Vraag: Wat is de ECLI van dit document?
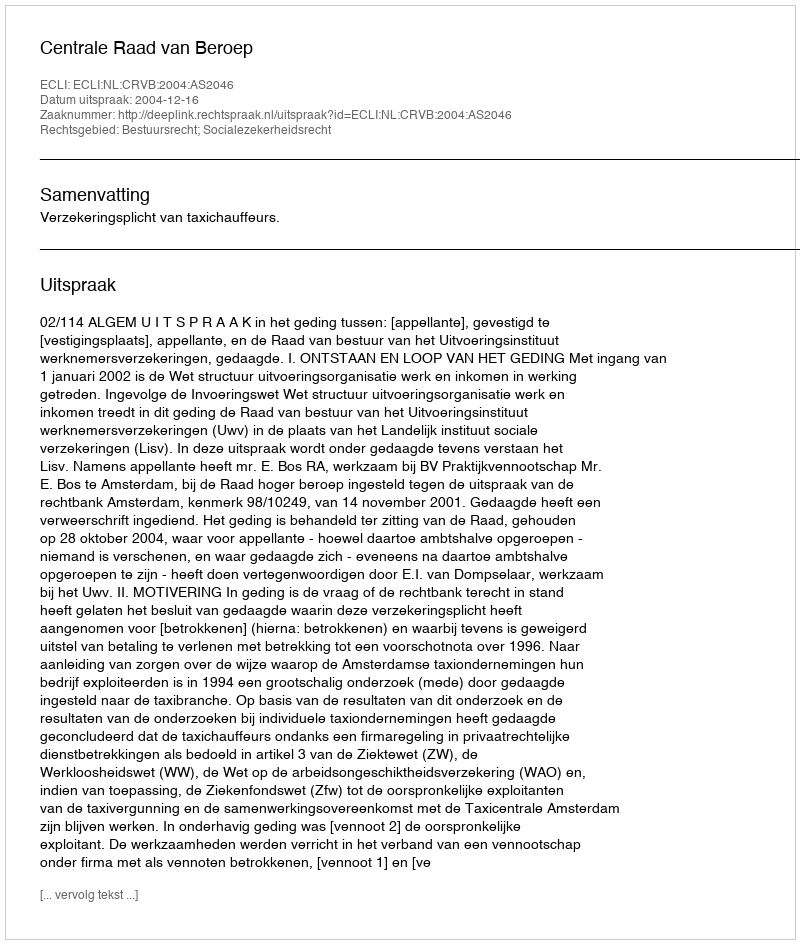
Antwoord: ECLI:NL:CRVB:2004:AS2046